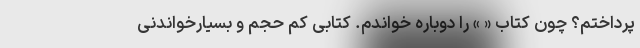
پرداختم؟ چون کتاب « » را دوباره خواندم. کتابی کم حجم و بسیارخواندنی